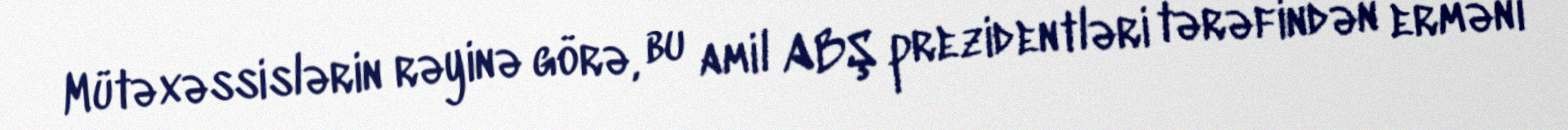
Mütəxəssislərin rəyinə görə, bu amil ABŞ prezidentləri tərəfindən erməni